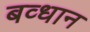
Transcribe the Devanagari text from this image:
बव्धान